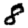
Digit: 8